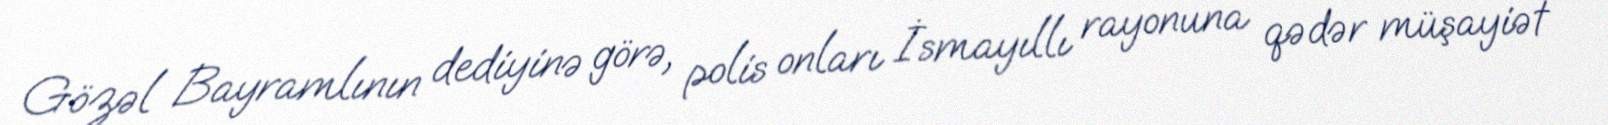
Gözəl Bayramlının dediyinə görə, polis onları İsmayıllı rayonuna qədər müşayiət